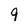
Character: 9